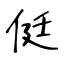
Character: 侹